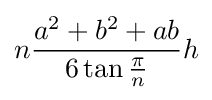
n{\frac {a^{2}+b^{2}+ab}{6\tan {\frac {\pi }{n}}}}h